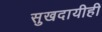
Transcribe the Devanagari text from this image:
सुखदायीही